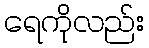
ရေကိုလည်း